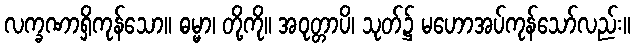
လက္ခဏာရှိကုန်သော။ ဓမ္မာ၊ တို့ကို။ အဝုတ္တာပိ၊ သုတ်၌ မဟောအပ်ကုန်သော်လည်း။